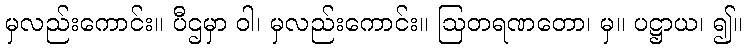
မှလည်းကောင်း။ ပီဌမှာ ဝါ၊ မှလည်းကောင်း။ ဩတရဏတော၊ မှ။ ပဋ္ဌာယ၊ ၍။